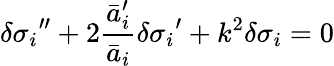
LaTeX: {\delta\sigma_{i}}^{\prime\prime}+2\frac{{\bar{a}_{i}^{\prime}}}{\bar{a}_{i}}{\delta\sigma_{i}}^{\prime}+k^{2}\delta\sigma_{i}=0